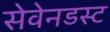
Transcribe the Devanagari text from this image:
सेवेनडस्ट